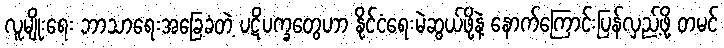
လူမျိုးရေး ဘာသာရေးအခြေခံတဲ့ ပဋိပက္ခတွေဟာ နိုင်ငံရေးမဲဆွယ်ဖို့နဲ့ နောက်ကြောင်းပြန်လှည့်ဖို့ တမင်